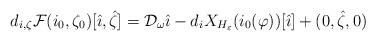
LaTeX: \begin{align*}d_{i, \zeta} \mathcal{F}(i_0, \zeta_0) [\hat{\imath}, \hat{\zeta}]=\mathcal{D}_{\omega} \hat{\imath}-d_i X_{H_{\varepsilon}}(i_0(\varphi))[\hat{\imath}]+(0, \hat{\zeta}, 0)\end{align*}